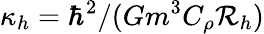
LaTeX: \kappa_{h}=\hbar^{2}/(Gm^{3}C_{\rho}\mathcal{R}_{h})